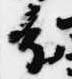
分